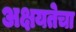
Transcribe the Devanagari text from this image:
अक्षयतेचा